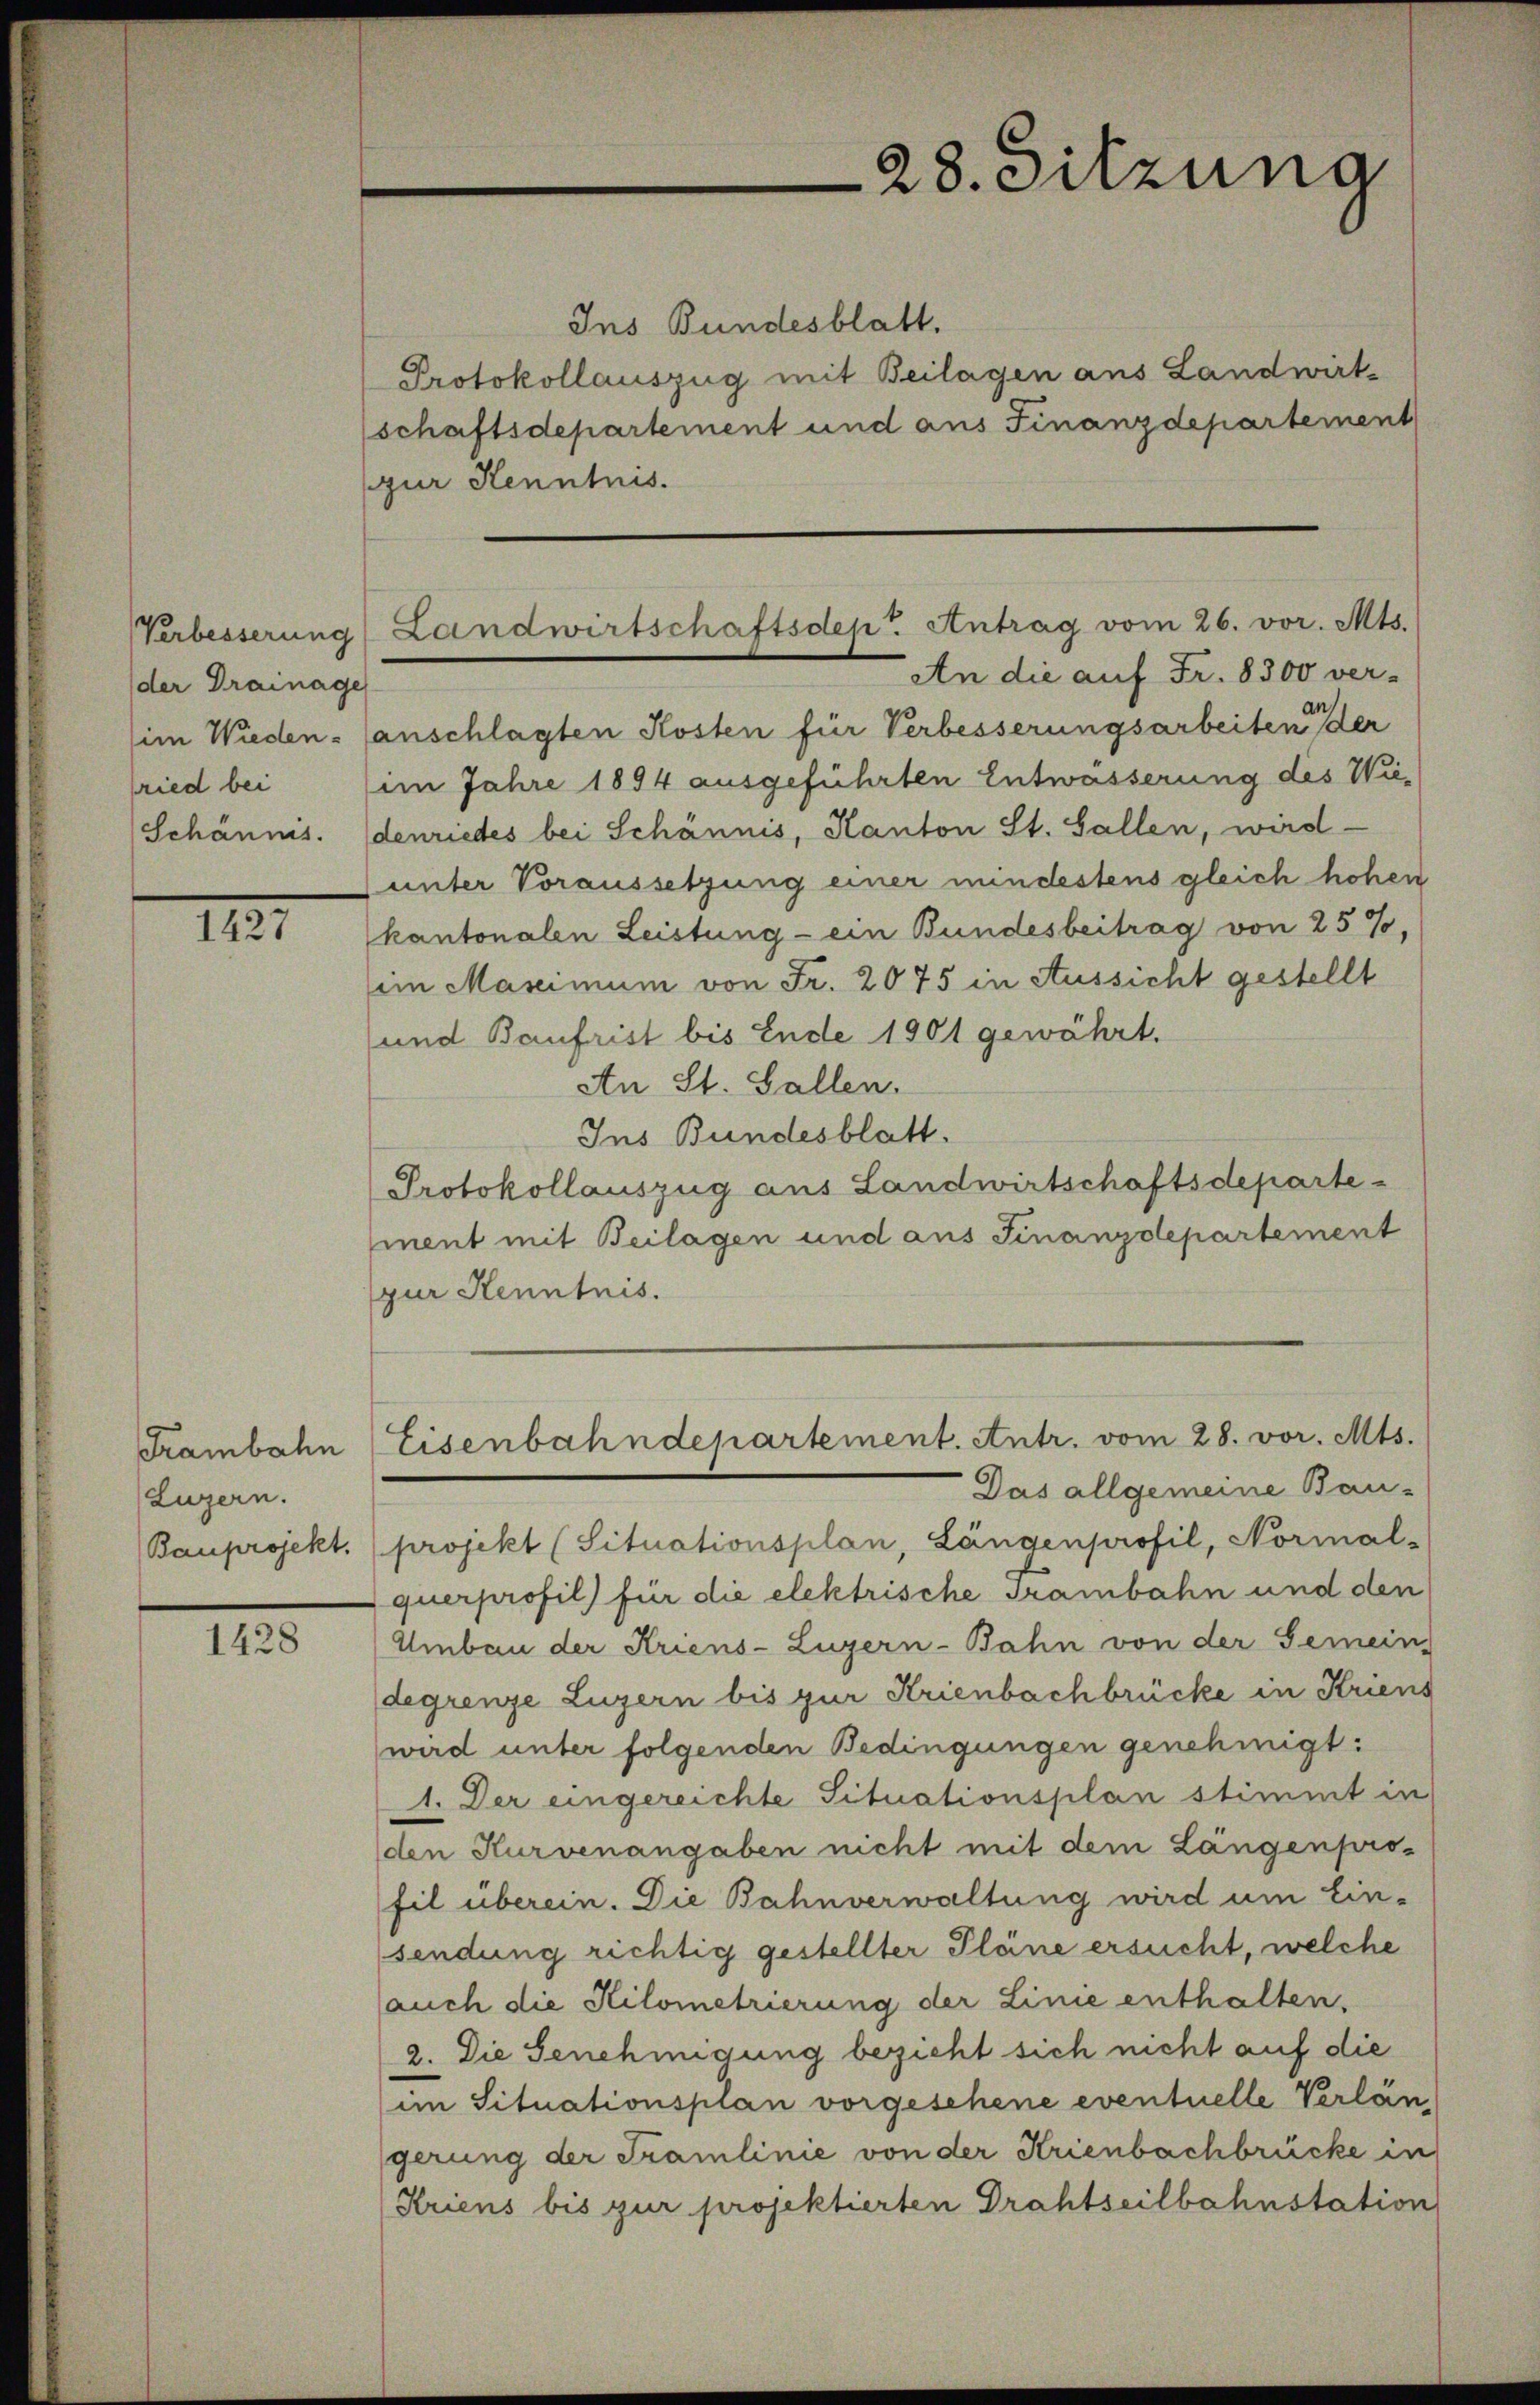
Verbesserung
der Drainage
fried bei

IIII

Frambahn
(Luzern.
Bauprojekt.

1428

28. Sitzung

Ins Bundesblatt.
Protokollauszug mit Beilagen aus Landwirt-
schaftsdepartement und aus Finanzdepartement
(zur Kenntnis.
An die auf Fr. 8300 ver-
(im Wieden- (anschlagten Kosten für Verbesserungsarbeiten der
im Jahre 1894 ausgeführten Entwässerung des Wie¬
(Schäums. (denriedes bei Schännis, Kanton St. Gallen, wird
unter Voraussetzung einer mindestens gleich hohen
kantonalen Leistung - ein Bundesbeitrag von 25%,
im Maximum von Fr. 2075 in Aussicht gestellt
und Baufrist bis Ende 1901 gewährt.
An St. Gallen.
Ins Bundesblatt.
Protokollauszug aus Landwirtschaftsdeparte
ment mit Beilagen und aus Finanzdepartement
zur Kenntnis.

Landwirtschaftsdep. Antrag vom 26. vor. Mts.

Das allgemeine Bau-
projekt (Situationsplan, Längenprofil, Normal-
querprofil) für die elektrische Trambahn und den
Umbau der Kriens-Luzern-Bahn von der Gemein
degrenze Luzern bis zur Krienbachbrücke in Kriens
wird unter folgenden Bedingungen genehmigt:
1. Der eingereichte Situationsplan stimmt in
den Kurvenangaben nicht mit dem Längenprofil überein. Die Bahnverwaltung wird um Ein-
sendung richtig gestellter Pläne ersucht, welche
auch die Kilometrierung der Linie enthalten.
2. Die Genehmigung bezieht sich nicht auf die
im Situationsplan vorgesehene eventuelle Verlängerung der Framlinie von der Krienbachbrücke in
(Kriens bis zur projektierten Drahtseilbahnstation

Eisenbahndepartement. Antr. vom 28. vor. Mts.